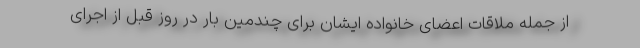
از جمله ملاقات اعضای خانواده ایشان برای چندمین بار در روز قبل از اجرای